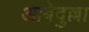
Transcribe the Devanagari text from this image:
आबेदुल्ला